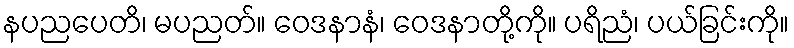
နပညပေတိ၊ မပညတ်။ ဝေဒနာနံ၊ ဝေဒနာတို့ကို။ ပရိညံ၊ ပယ်ခြင်းကို။